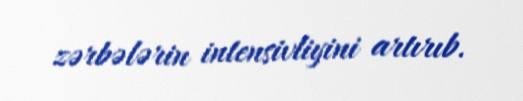
zərbələrin intensivliyini artırıb.